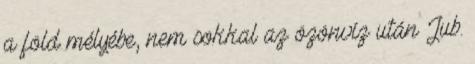
a föld mélyébe, nem sokkal az özönvíz után Jub.